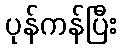
ပုန်ကန်ပြီး